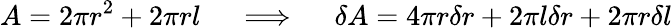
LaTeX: A=2\pi r^{2}+2\pi rl\quad\implies\quad\delta A=4\pi r\delta r+2\pi l\delta r+2\pi r\delta l